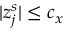
| z _ { j } ^ { s } | \le c _ { x }